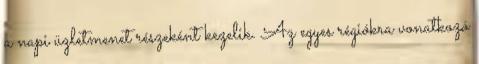
a napi üzletmenet részeként kezelik. Az egyes régiókra vonatkozó